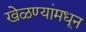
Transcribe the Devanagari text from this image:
खेळण्यांमधून